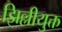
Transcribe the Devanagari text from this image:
झिल्लीयुक्त